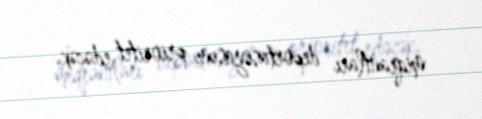
miqrantları deportasiyasını prioritet edəcək.